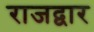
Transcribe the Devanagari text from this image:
राजद्वार